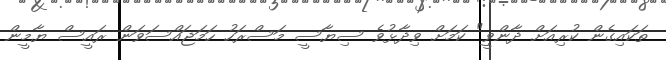
ތަކައިގެން ކުރިއަށް ދާންވީ" ކަމަށް ވިދާޅުވެ ސިޔާސީ މަސްރަހު ހަމަޖައްސަވަން ރައީސް ޔާމީން